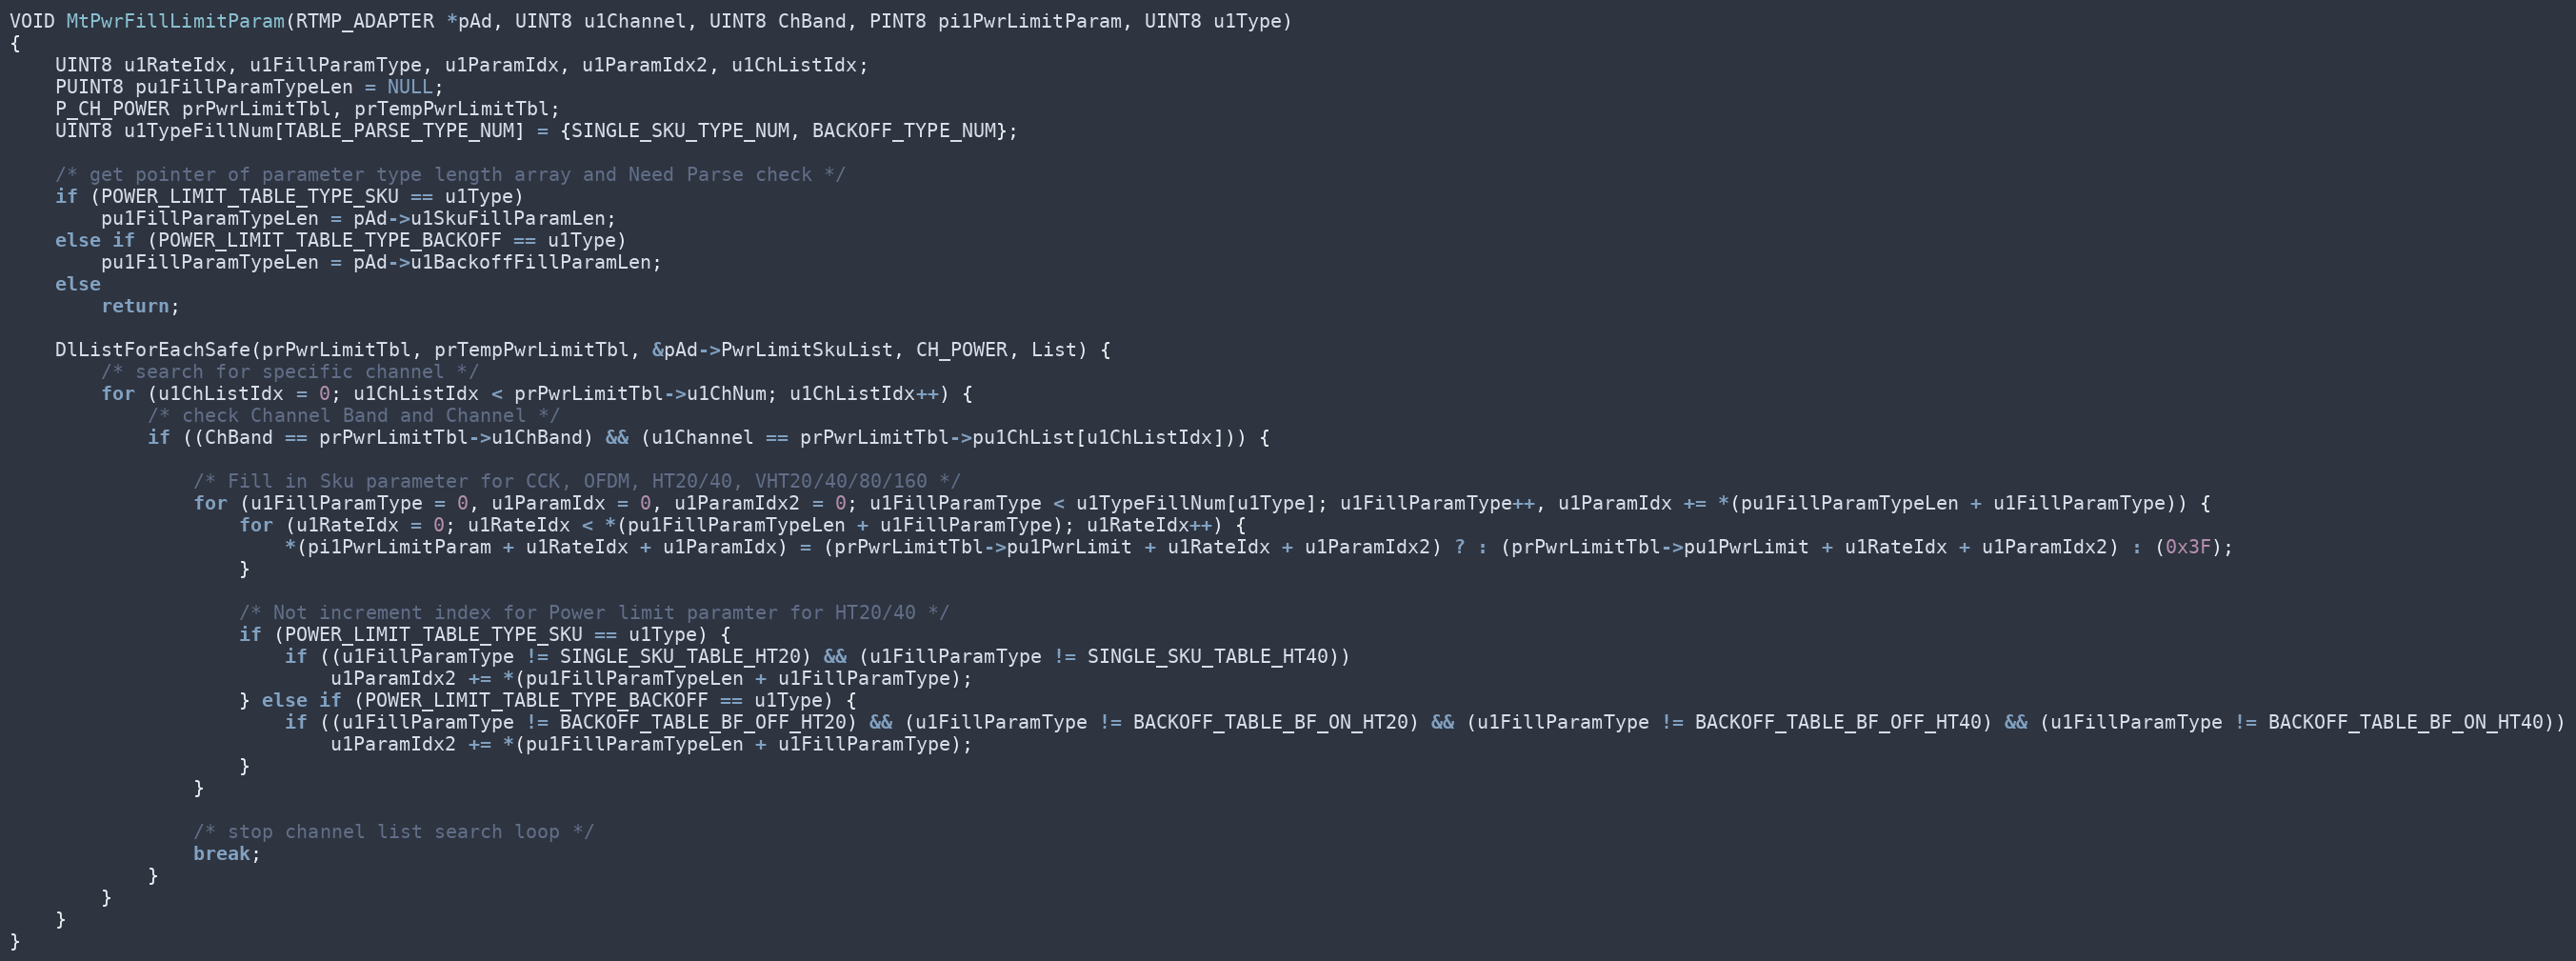
Language: C
VOID MtPwrFillLimitParam(RTMP_ADAPTER *pAd, UINT8 u1Channel, UINT8 ChBand, PINT8 pi1PwrLimitParam, UINT8 u1Type)
{
	UINT8 u1RateIdx, u1FillParamType, u1ParamIdx, u1ParamIdx2, u1ChListIdx;
	PUINT8 pu1FillParamTypeLen = NULL;
	P_CH_POWER prPwrLimitTbl, prTempPwrLimitTbl;
	UINT8 u1TypeFillNum[TABLE_PARSE_TYPE_NUM] = {SINGLE_SKU_TYPE_NUM, BACKOFF_TYPE_NUM};

	/* get pointer of parameter type length array and Need Parse check */
	if (POWER_LIMIT_TABLE_TYPE_SKU == u1Type)
		pu1FillParamTypeLen = pAd->u1SkuFillParamLen;
	else if (POWER_LIMIT_TABLE_TYPE_BACKOFF == u1Type)
		pu1FillParamTypeLen = pAd->u1BackoffFillParamLen;
	else
		return;

	DlListForEachSafe(prPwrLimitTbl, prTempPwrLimitTbl, &pAd->PwrLimitSkuList, CH_POWER, List) {
		/* search for specific channel */
		for (u1ChListIdx = 0; u1ChListIdx < prPwrLimitTbl->u1ChNum; u1ChListIdx++) {
			/* check Channel Band and Channel */
			if ((ChBand == prPwrLimitTbl->u1ChBand) && (u1Channel == prPwrLimitTbl->pu1ChList[u1ChListIdx])) {

				/* Fill in Sku parameter for CCK, OFDM, HT20/40, VHT20/40/80/160 */
				for (u1FillParamType = 0, u1ParamIdx = 0, u1ParamIdx2 = 0; u1FillParamType < u1TypeFillNum[u1Type]; u1FillParamType++, u1ParamIdx += *(pu1FillParamTypeLen + u1FillParamType)) {
					for (u1RateIdx = 0; u1RateIdx < *(pu1FillParamTypeLen + u1FillParamType); u1RateIdx++) {
						*(pi1PwrLimitParam + u1RateIdx + u1ParamIdx) = (prPwrLimitTbl->pu1PwrLimit + u1RateIdx + u1ParamIdx2) ? : (prPwrLimitTbl->pu1PwrLimit + u1RateIdx + u1ParamIdx2) : (0x3F);
					}

					/* Not increment index for Power limit paramter for HT20/40 */
					if (POWER_LIMIT_TABLE_TYPE_SKU == u1Type) {
						if ((u1FillParamType != SINGLE_SKU_TABLE_HT20) && (u1FillParamType != SINGLE_SKU_TABLE_HT40))
							u1ParamIdx2 += *(pu1FillParamTypeLen + u1FillParamType);
					} else if (POWER_LIMIT_TABLE_TYPE_BACKOFF == u1Type) {
						if ((u1FillParamType != BACKOFF_TABLE_BF_OFF_HT20) && (u1FillParamType != BACKOFF_TABLE_BF_ON_HT20) && (u1FillParamType != BACKOFF_TABLE_BF_OFF_HT40) && (u1FillParamType != BACKOFF_TABLE_BF_ON_HT40))
							u1ParamIdx2 += *(pu1FillParamTypeLen + u1FillParamType);
					}
				}

				/* stop channel list search loop */
				break;
			}
		}
	}
}